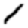
Digit: 1